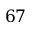
6 7